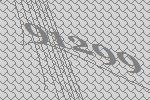
91299